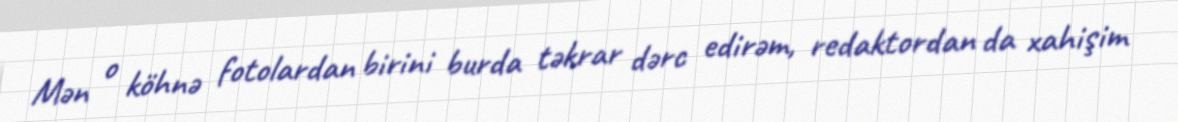
Mən o köhnə fotolardan birini burda təkrar dərc edirəm, redaktordan da xahişim